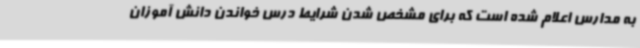
به مدارس اعلام‌ شده است که برای مشخص شدن شرایط درس خواندن دانش آموزان